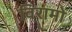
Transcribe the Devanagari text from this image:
विरामो